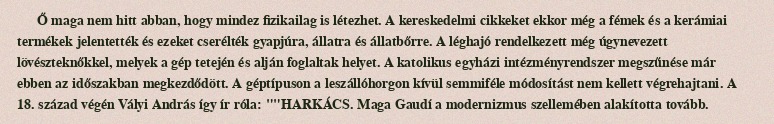
Ő maga nem hitt abban, hogy mindez fizikailag is létezhet. A kereskedelmi cikkeket ekkor még a fémek és a kerámiai termékek jelentették és ezeket cserélték gyapjúra, állatra és állatbőrre. A léghajó rendelkezett még úgynevezett lövészteknőkkel, melyek a gép tetején és alján foglaltak helyet. A katolikus egyházi intézményrendszer megszűnése már ebben az időszakban megkezdődött. A géptípuson a leszállóhorgon kívül semmiféle módosítást nem kellett végrehajtani. A 18. század végén Vályi András így ír róla: ""HARKÁCS. Maga Gaudí a modernizmus szellemében alakította tovább.